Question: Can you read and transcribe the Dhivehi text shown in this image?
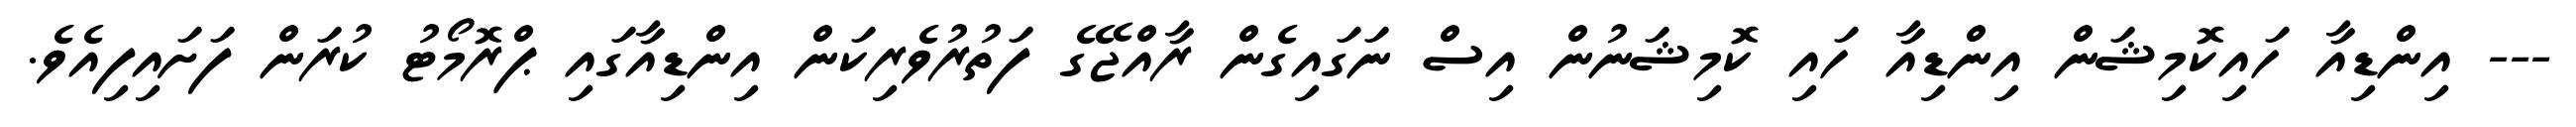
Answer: --- އިންޑިއާ ހައިކޮމިޝަން އިންޑިއާ ހައި ކޮމިޝަނުން އިސް ނަގައިގެން ރާއްޖޭގެ ފަތުރުވެރިކަން އިންޑިއާގައި ޕްރޮމޯޓު ކުރަން ފަށައިފިއެވެ.